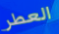
العطر